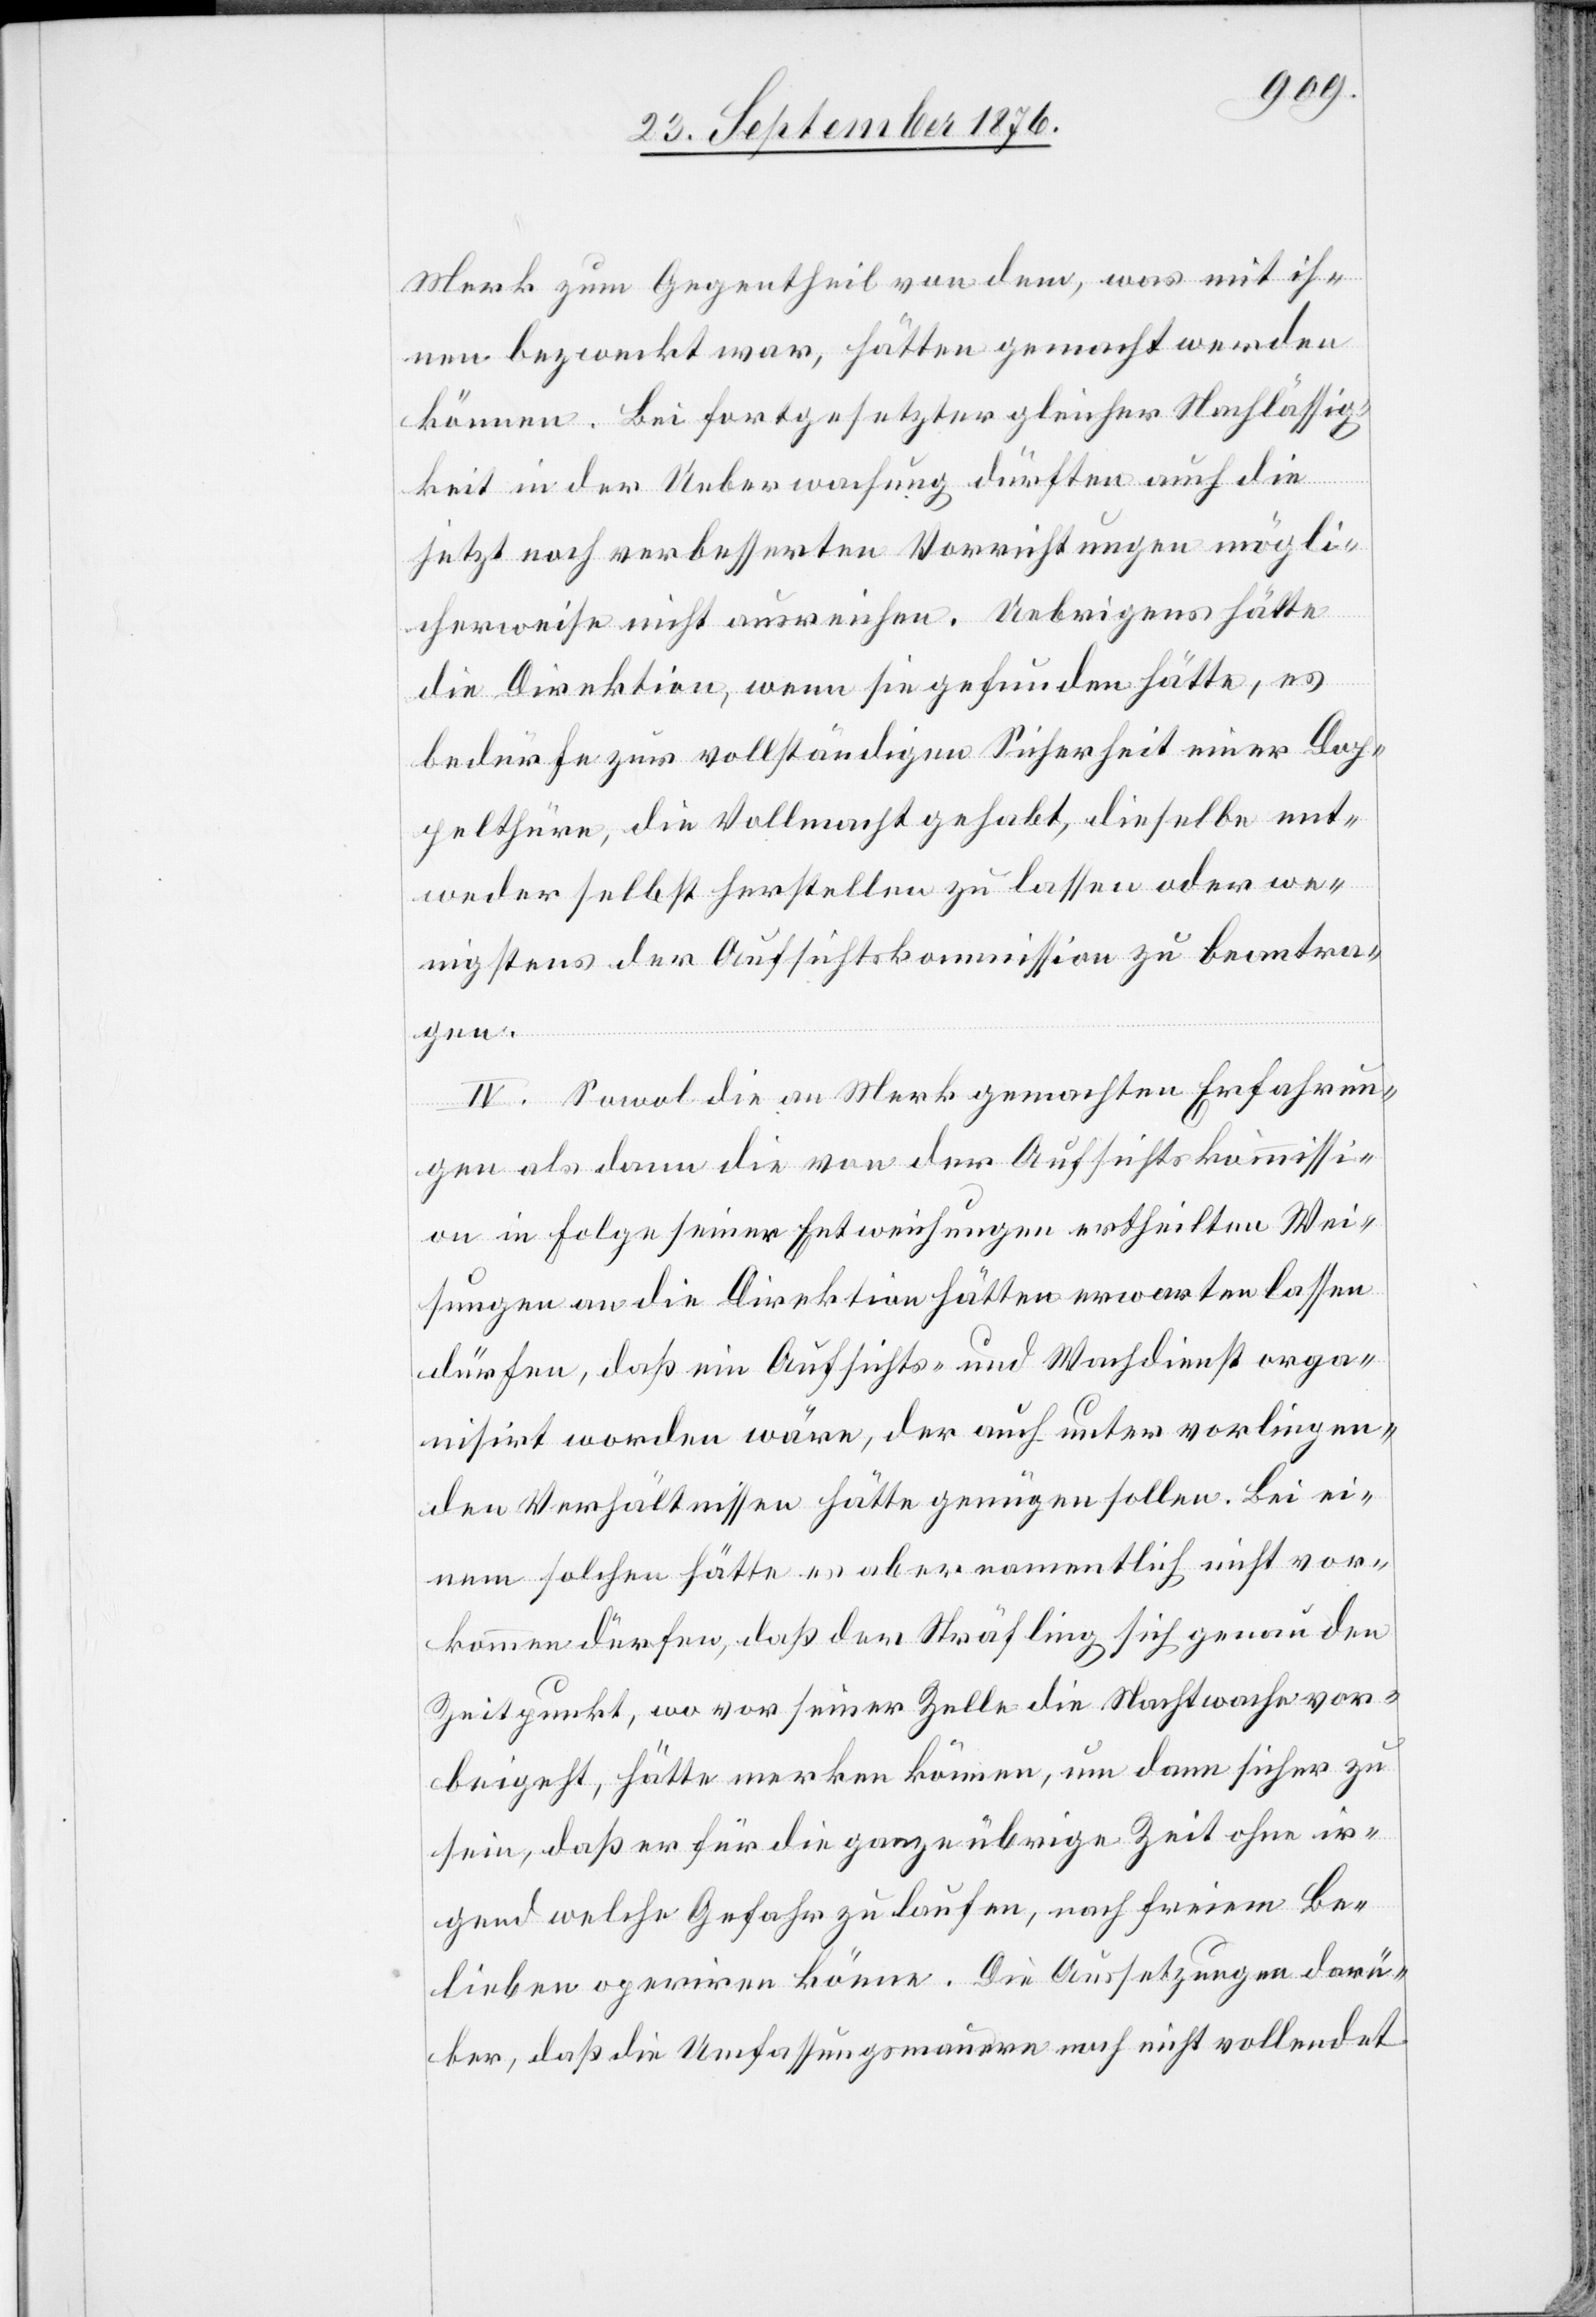
Merk zum Gegentheil von dem , was mit ih¬
nen bezweckt war, hätten gemacht werden
können. Bei fortgesetzter gleicher Nachlässig¬
keit in der Ueberwachung dürften auch die
jetzt noch verbesserten Vorrichtungen mögli¬
cherweise nicht hinreichen. Uebrigens hätte
die Direktion, wenn sie gefunden hätte, es
bedürfe zur vollständigen Sicherheit einer Dop¬
pelthüre, die Vollmacht gehabt, dieselbe ent¬
weder selbst herstellen zu lassen oder we¬
nigstens der Aufsichtskommission zu beantra¬
gen.
IV: Sowol die an Merk gemachten Erfahrun¬
gen als dann die von der Aufsichtskommissi¬
on in Folge seiner Entweichungen ertheilten Wei¬
sungen an die Direktion hätten erwarten lassen
dürfen, daß ein Aufsichts- und Wachdienst orga¬
nisirt worden wäre, der auch unter vorliegen¬
den Verhältnissen hätte genügen sollen. Bei ei¬
nem solchen hätte es aber namentlich nicht vor¬
kommen dürfen, daß der Sträfling sich genau den
Zeitpunkt, wo vor seiner Zelle die Nachtwache vor¬
beigeht, hätte merken können, um dann sicher zu
sein, daß er für die ganze übrige Zeit ohne ir¬
gend welche Gefahr zu laufen, nach freiem Be¬
lieben operiren könne. Die Aussetzungen darü¬
ber, daß die Umfassungsmauern noch nicht vollendet